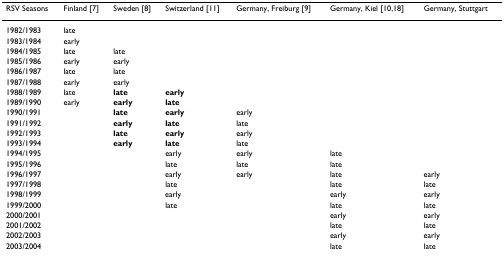
<table><thead><tr><td><b>RSV Seasons</b></td><td><b>Finland [7]</b></td><td><b>Sweden [8]</b></td><td><b>Switzerland [11]</b></td><td><b>Germany, Freiburg [9]</b></td><td><b>Germany, Kiel [10,18]</b></td><td><b>Germany, Stuttgart</b></td></tr></thead><tbody><tr><td>1982/1983</td><td>late</td><td></td><td></td><td></td><td></td><td></td></tr><tr><td>1983/1984</td><td>early</td><td></td><td></td><td></td><td></td><td></td></tr><tr><td>1984/1985</td><td>late</td><td>late</td><td></td><td></td><td></td><td></td></tr><tr><td>1985/1986</td><td>early</td><td>early</td><td></td><td></td><td></td><td></td></tr><tr><td>1986/1987</td><td>late</td><td>late</td><td></td><td></td><td></td><td></td></tr><tr><td>1987/1988</td><td>early</td><td>early</td><td></td><td></td><td></td><td></td></tr><tr><td>1988/1989</td><td>late</td><td><b>late</b></td><td><b>early</b></td><td></td><td></td><td></td></tr><tr><td>1989/1990</td><td>early</td><td><b>early</b></td><td><b>late</b></td><td></td><td></td><td></td></tr><tr><td>1990/1991</td><td></td><td><b>late</b></td><td><b>early</b></td><td>early</td><td></td><td></td></tr><tr><td>1991/1992</td><td></td><td><b>early</b></td><td><b>late</b></td><td>late</td><td></td><td></td></tr><tr><td>1992/1993</td><td></td><td><b>late</b></td><td><b>early</b></td><td>early</td><td></td><td></td></tr><tr><td>1993/1994</td><td></td><td><b>early</b></td><td><b>late</b></td><td>late</td><td></td><td></td></tr><tr><td>1994/1995</td><td></td><td></td><td>early</td><td>early</td><td>late</td><td></td></tr><tr><td>1995/1996</td><td></td><td></td><td>late</td><td>late</td><td>late</td><td></td></tr><tr><td>1996/1997</td><td></td><td></td><td>early</td><td>early</td><td>late</td><td>early</td></tr><tr><td>1997/1998</td><td></td><td></td><td>late</td><td></td><td>late</td><td>late</td></tr><tr><td>1998/1999</td><td></td><td></td><td>early</td><td></td><td>early</td><td>early</td></tr><tr><td>1999/2000</td><td></td><td></td><td>late</td><td></td><td>late</td><td>late</td></tr><tr><td>2000/2001</td><td></td><td></td><td></td><td></td><td>early</td><td>early</td></tr><tr><td>2001/2002</td><td></td><td></td><td></td><td></td><td>late</td><td>late</td></tr><tr><td>2002/2003</td><td></td><td></td><td></td><td></td><td>early</td><td>early</td></tr><tr><td>2003/2004</td><td></td><td></td><td></td><td></td><td>late</td><td>late</td></tr></tbody></table>